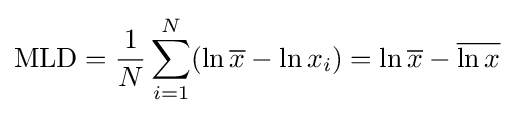
\mathrm {MLD} ={\frac {1}{N}}\sum _{i=1}^{N}(\ln {\overline {x}}-\ln x_{i})=\ln {\overline {x}}-{\overline {\ln x}}